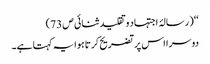
‘‘( رسالۂ اجتہاد وتقلید ثنائی ص 73)
دوسرا اس پر تضریح کرتا ہوا یہ کہتا ہے۔